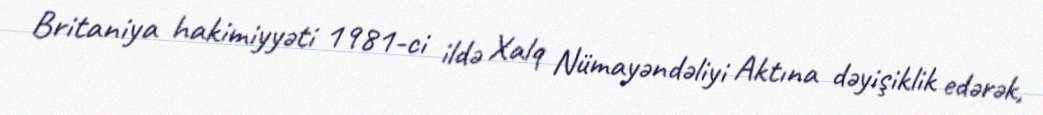
Britaniya hakimiyyəti 1981-ci ildə Xalq Nümayəndəliyi Aktına dəyişiklik edərək,